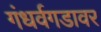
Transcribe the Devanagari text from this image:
गंधर्वगडावर